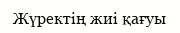
Жүректің жиі қағуы